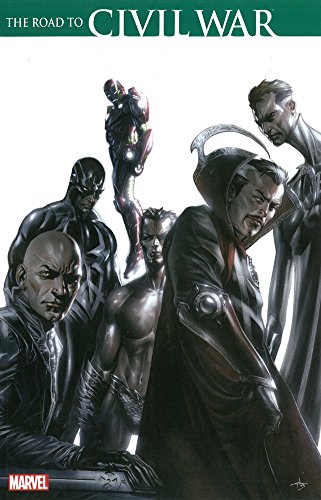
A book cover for The Road to Civil War; Brian Michael Bendis; Comics & Graphic Novels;